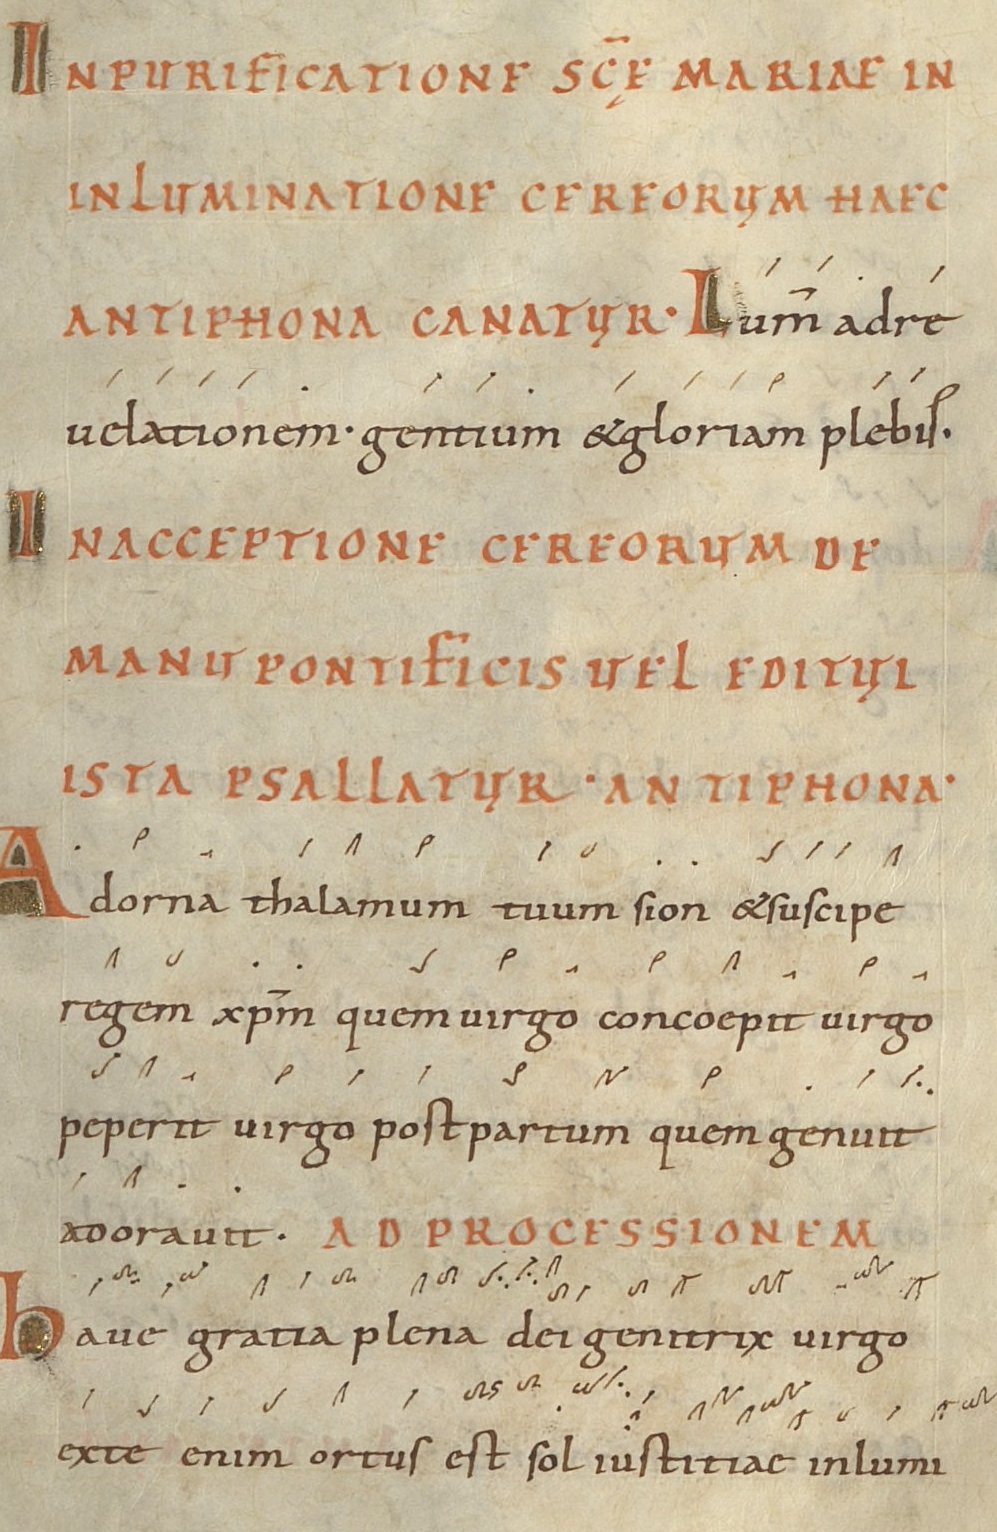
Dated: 1024–1027